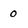
Character: 0